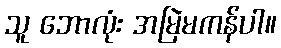
သူ ဘောလုံး အမြဲမကန်ပါ။